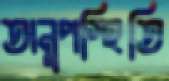
অনুপস্হিতি